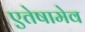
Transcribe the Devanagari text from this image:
एतेषामेव